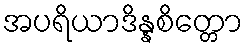
အပရိယာဒိန္နစိတ္တော